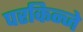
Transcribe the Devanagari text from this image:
परकिन्जे